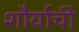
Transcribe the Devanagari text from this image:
शौर्याचीं